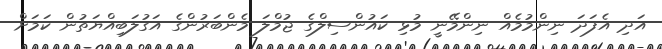
އަދި އެފަދަ ނިންމުމެއް ނިންމޭނީ މުޅި ކައުންސިލްގެ ޖުމްލަ މެންބަރުންގެ އަގުލަބިއްޔަތުން ކަމަށް